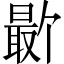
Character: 𪱕